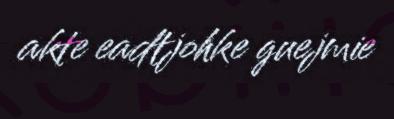
akte eadtjohke guejmie